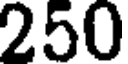
250